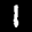
Label: 1